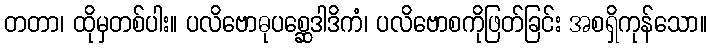
တတာ၊ ထိုမှတစ်ပါး။ ပလိဗောဓုပစ္ဆေဒါဒိကံ၊ ပလိဗောစကိုဖြတ်ခြင်း အစရှိကုန်သော။